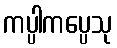
ကပ္ပါကပ္ပေသု